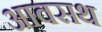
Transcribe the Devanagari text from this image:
आवसथ